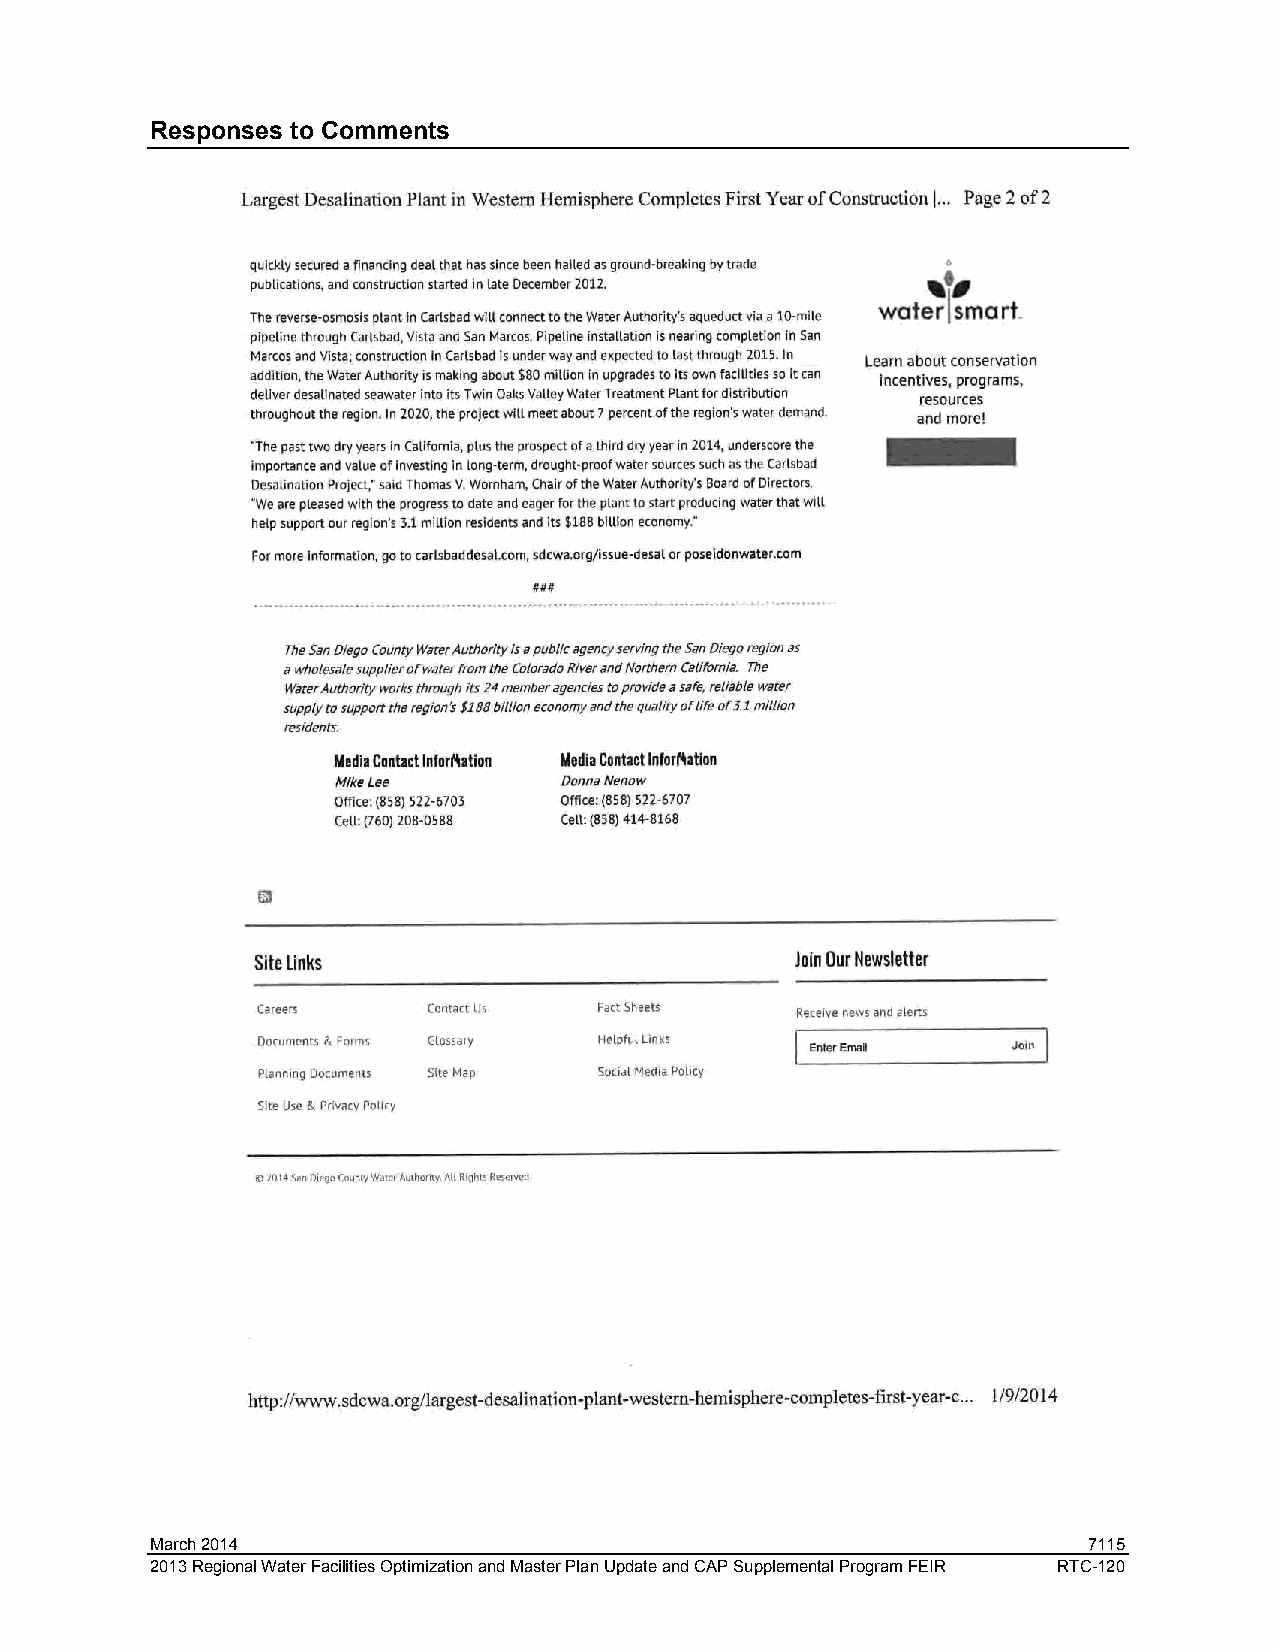
Responses to Comments
 March 2014                                                    7115
 2013 Regional Water Facilities Optimization and Master Plan Update and CAP Supplemental Program FEIR RTC-120